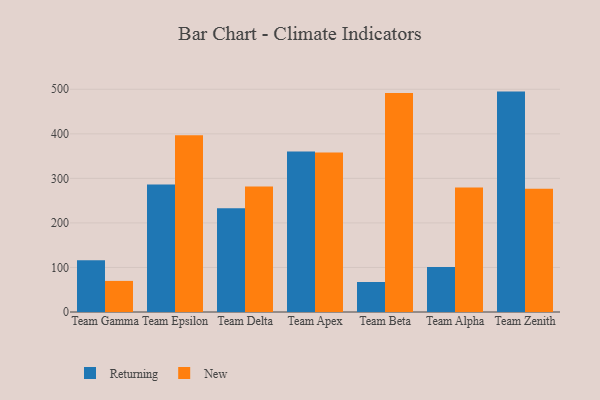
{"axis": {"x": "Team", "y": "Energy Usage (MWh)"}, "legend": ["New", "Returning"], "data": [{"x": "Team Gamma", "y": 116.2, "type": "Returning"}, {"x": "Team Gamma", "y": 69.8, "type": "New"}, {"x": "Team Epsilon", "y": 286.4, "type": "Returning"}, {"x": "Team Epsilon", "y": 396.6, "type": "New"}, {"x": "Team Delta", "y": 232.9, "type": "Returning"}, {"x": "Team Delta", "y": 281.8, "type": "New"}, {"x": "Team Apex", "y": 360.3, "type": "Returning"}, {"x": "Team Apex", "y": 357.8, "type": "New"}, {"x": "Team Beta", "y": 67.3, "type": "Returning"}, {"x": "Team Beta", "y": 491.7, "type": "New"}, {"x": "Team Alpha", "y": 100.9, "type": "Returning"}, {"x": "Team Alpha", "y": 279.6, "type": "New"}, {"x": "Team Zenith", "y": 494.8, "type": "Returning"}, {"x": "Team Zenith", "y": 276.5, "type": "New"}]}